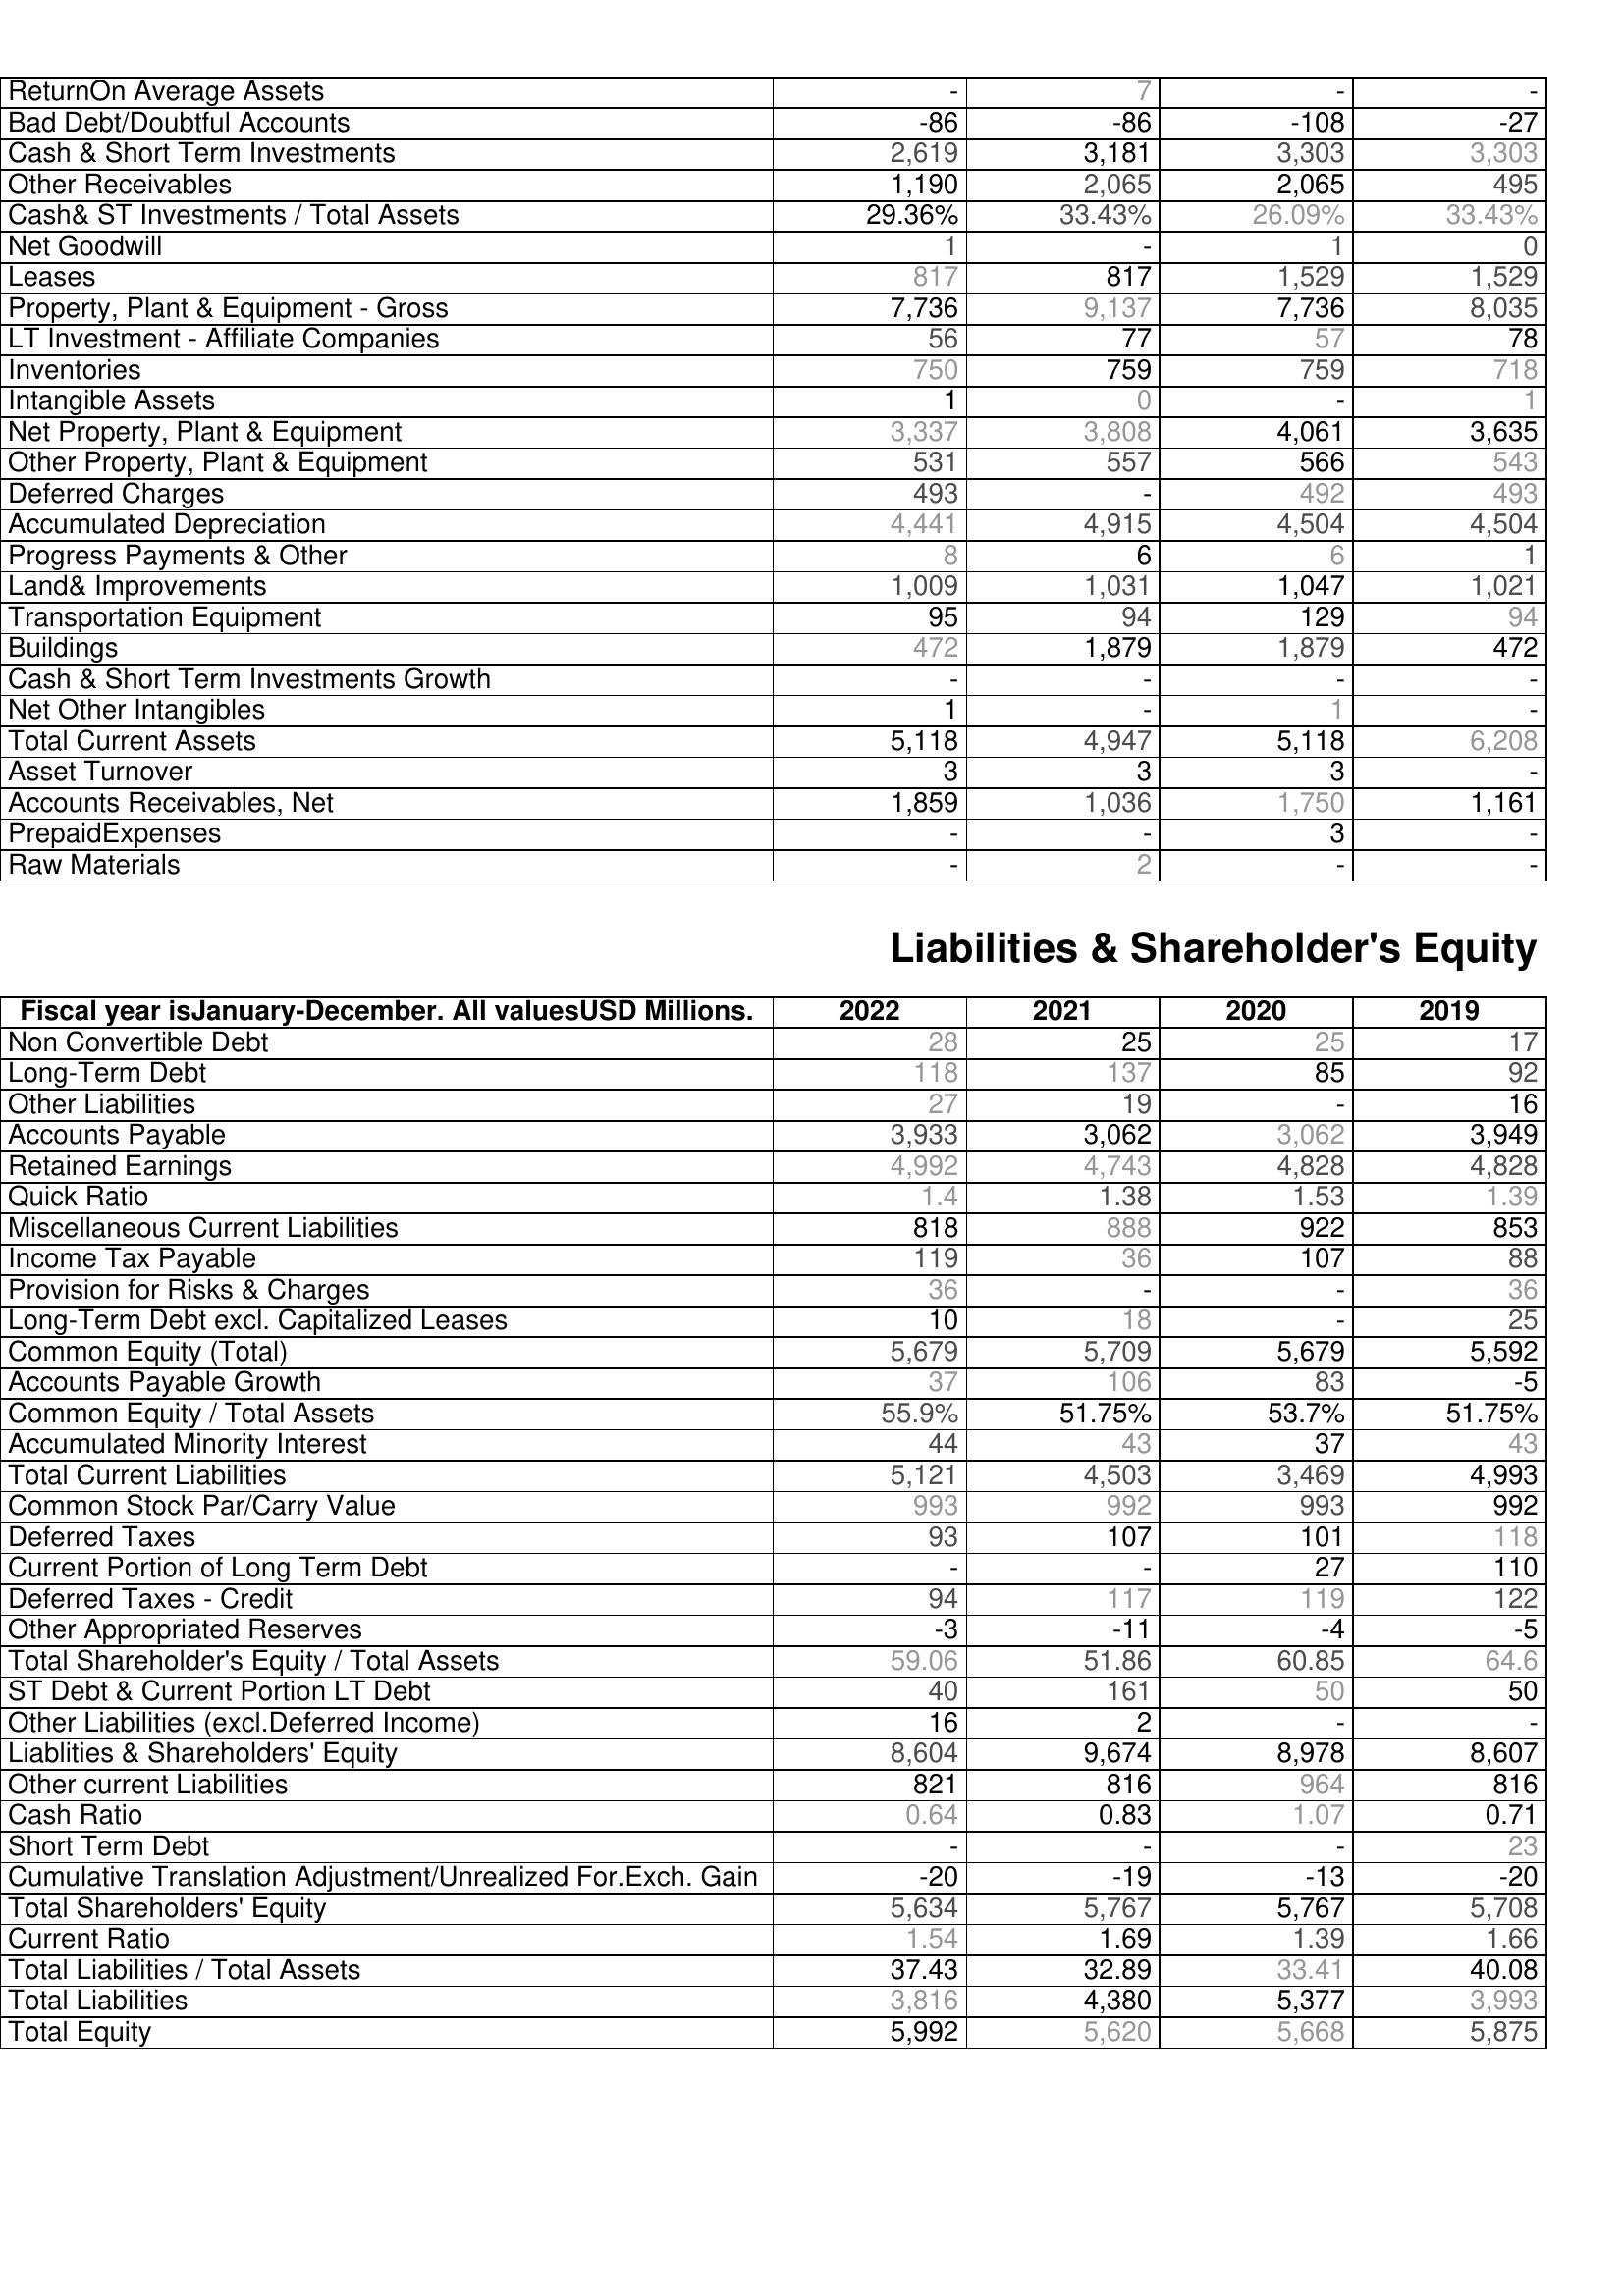
2022: Assets: ReturnOn Average Assets: -
Bad Debt/Doubtful Accounts: -86
Cash & Short Term Investments: 2,619
Other Receivables: 1,190
Cash& ST Investments / Total Assets: 29.36%
Net Goodwill: 1
Leases: 817
Property, Plant & Equipment - Gross : 7,736
LT Investment - Affiliate Companies: 56
Inventories: 750
Intangible Assets: 1
Net Property, Plant & Equipment: 3,337
Other Property, Plant & Equipment: 531
Deferred Charges: 493
Accumulated Depreciation: 4,441
Progress Payments & Other: 8
Land& Improvements: 1,009
Transportation Equipment: 95
Buildings: 472
Cash & Short Term Investments Growth: -
Net Other Intangibles: 1
Total Current Assets: 5,118
Asset Turnover: 3
Accounts Receivables, Net: 1,859
PrepaidExpenses: -
Raw Materials: -
Liabilities & Shareholder's Equity: Non Convertible Debt: 28
Long-Term Debt: 118
Other Liabilities: 27
Accounts Payable: 3,933
Retained Earnings: 4,992
Quick Ratio: 1.4
Miscellaneous Current Liabilities: 818
Income Tax Payable: 119
Provision for Risks & Charges: 36
Long-Term Debt excl. Capitalized Leases: 10
Common Equity (Total): 5,679
Accounts Payable Growth: 37
Common Equity / Total Assets: 55.9%
Accumulated Minority Interest: 44
Total Current Liabilities: 5,121
Common Stock Par/Carry Value: 993
Deferred Taxes: 93
Current Portion of Long Term Debt: -
Deferred Taxes - Credit: 94
Other Appropriated Reserves: -3
Total Shareholder's Equity / Total Assets: 59.06
ST Debt & Current Portion LT Debt: 40
Other Liabilities (excl.Deferred Income): 16
Liablities & Shareholders' Equity: 8,604
Other current Liabilities: 821
Cash Ratio: 0.64
Short Term Debt: -
Cumulative Translation Adjustment/Unrealized For.Exch. Gain: -20
Total Shareholders' Equity: 5,634
Current Ratio: 1.54
Total Liabilities / Total Assets: 37.43
Total Liabilities: 3,816
Total Equity: 5,992
2021: Assets: ReturnOn Average Assets: 7
Bad Debt/Doubtful Accounts: -86
Cash & Short Term Investments: 3,181
Other Receivables: 2,065
Cash& ST Investments / Total Assets: 33.43%
Net Goodwill: -
Leases: 817
Property, Plant & Equipment - Gross : 9,137
LT Investment - Affiliate Companies: 77
Inventories: 759
Intangible Assets: 0
Net Property, Plant & Equipment: 3,808
Other Property, Plant & Equipment: 557
Deferred Charges: -
Accumulated Depreciation: 4,915
Progress Payments & Other: 6
Land& Improvements: 1,031
Transportation Equipment: 94
Buildings: 1,879
Cash & Short Term Investments Growth: -
Net Other Intangibles: -
Total Current Assets: 4,947
Asset Turnover: 3
Accounts Receivables, Net: 1,036
PrepaidExpenses: -
Raw Materials: 2
Liabilities & Shareholder's Equity: Non Convertible Debt: 25
Long-Term Debt: 137
Other Liabilities: 19
Accounts Payable: 3,062
Retained Earnings: 4,743
Quick Ratio: 1.38
Miscellaneous Current Liabilities: 888
Income Tax Payable: 36
Provision for Risks & Charges: -
Long-Term Debt excl. Capitalized Leases: 18
Common Equity (Total): 5,709
Accounts Payable Growth: 106
Common Equity / Total Assets: 51.75%
Accumulated Minority Interest: 43
Total Current Liabilities: 4,503
Common Stock Par/Carry Value: 992
Deferred Taxes: 107
Current Portion of Long Term Debt: -
Deferred Taxes - Credit: 117
Other Appropriated Reserves: -11
Total Shareholder's Equity / Total Assets: 51.86
ST Debt & Current Portion LT Debt: 161
Other Liabilities (excl.Deferred Income): 2
Liablities & Shareholders' Equity: 9,674
Other current Liabilities: 816
Cash Ratio: 0.83
Short Term Debt: -
Cumulative Translation Adjustment/Unrealized For.Exch. Gain: -19
Total Shareholders' Equity: 5,767
Current Ratio: 1.69
Total Liabilities / Total Assets: 32.89
Total Liabilities: 4,380
Total Equity: 5,620
2020: Assets: ReturnOn Average Assets: -
Bad Debt/Doubtful Accounts: -108
Cash & Short Term Investments: 3,303
Other Receivables: 2,065
Cash& ST Investments / Total Assets: 26.09%
Net Goodwill: 1
Leases: 1,529
Property, Plant & Equipment - Gross : 7,736
LT Investment - Affiliate Companies: 57
Inventories: 759
Intangible Assets: -
Net Property, Plant & Equipment: 4,061
Other Property, Plant & Equipment: 566
Deferred Charges: 492
Accumulated Depreciation: 4,504
Progress Payments & Other: 6
Land& Improvements: 1,047
Transportation Equipment: 129
Buildings: 1,879
Cash & Short Term Investments Growth: -
Net Other Intangibles: 1
Total Current Assets: 5,118
Asset Turnover: 3
Accounts Receivables, Net: 1,750
PrepaidExpenses: 3
Raw Materials: -
Liabilities & Shareholder's Equity: Non Convertible Debt: 25
Long-Term Debt: 85
Other Liabilities: -
Accounts Payable: 3,062
Retained Earnings: 4,828
Quick Ratio: 1.53
Miscellaneous Current Liabilities: 922
Income Tax Payable: 107
Provision for Risks & Charges: -
Long-Term Debt excl. Capitalized Leases: -
Common Equity (Total): 5,679
Accounts Payable Growth: 83
Common Equity / Total Assets: 53.7%
Accumulated Minority Interest: 37
Total Current Liabilities: 3,469
Common Stock Par/Carry Value: 993
Deferred Taxes: 101
Current Portion of Long Term Debt: 27
Deferred Taxes - Credit: 119
Other Appropriated Reserves: -4
Total Shareholder's Equity / Total Assets: 60.85
ST Debt & Current Portion LT Debt: 50
Other Liabilities (excl.Deferred Income): -
Liablities & Shareholders' Equity: 8,978
Other current Liabilities: 964
Cash Ratio: 1.07
Short Term Debt: -
Cumulative Translation Adjustment/Unrealized For.Exch. Gain: -13
Total Shareholders' Equity: 5,767
Current Ratio: 1.39
Total Liabilities / Total Assets: 33.41
Total Liabilities: 5,377
Total Equity: 5,668
2019: Assets: ReturnOn Average Assets: -
Bad Debt/Doubtful Accounts: -27
Cash & Short Term Investments: 3,303
Other Receivables: 495
Cash& ST Investments / Total Assets: 33.43%
Net Goodwill: 0
Leases: 1,529
Property, Plant & Equipment - Gross : 8,035
LT Investment - Affiliate Companies: 78
Inventories: 718
Intangible Assets: 1
Net Property, Plant & Equipment: 3,635
Other Property, Plant & Equipment: 543
Deferred Charges: 493
Accumulated Depreciation: 4,504
Progress Payments & Other: 1
Land& Improvements: 1,021
Transportation Equipment: 94
Buildings: 472
Cash & Short Term Investments Growth: -
Net Other Intangibles: -
Total Current Assets: 6,208
Asset Turnover: -
Accounts Receivables, Net: 1,161
PrepaidExpenses: -
Raw Materials: -
Liabilities & Shareholder's Equity: Non Convertible Debt: 17
Long-Term Debt: 92
Other Liabilities: 16
Accounts Payable: 3,949
Retained Earnings: 4,828
Quick Ratio: 1.39
Miscellaneous Current Liabilities: 853
Income Tax Payable: 88
Provision for Risks & Charges: 36
Long-Term Debt excl. Capitalized Leases: 25
Common Equity (Total): 5,592
Accounts Payable Growth: -5
Common Equity / Total Assets: 51.75%
Accumulated Minority Interest: 43
Total Current Liabilities: 4,993
Common Stock Par/Carry Value: 992
Deferred Taxes: 118
Current Portion of Long Term Debt: 110
Deferred Taxes - Credit: 122
Other Appropriated Reserves: -5
Total Shareholder's Equity / Total Assets: 64.6
ST Debt & Current Portion LT Debt: 50
Other Liabilities (excl.Deferred Income): -
Liablities & Shareholders' Equity: 8,607
Other current Liabilities: 816
Cash Ratio: 0.71
Short Term Debt: 23
Cumulative Translation Adjustment/Unrealized For.Exch. Gain: -20
Total Shareholders' Equity: 5,708
Current Ratio: 1.66
Total Liabilities / Total Assets: 40.08
Total Liabilities: 3,993
Total Equity: 5,875